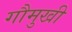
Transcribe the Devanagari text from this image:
गौमुखी